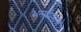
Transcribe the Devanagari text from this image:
धर्मांप्रमाणे